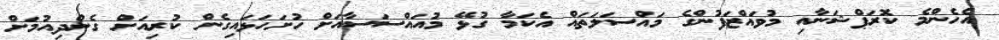
އެހެންމެ ކޮރަޕްޝަނާއި މުވައްޒަފުންގެ މައްސަލަތައް އެކަމާ ގުޅޭ މުއައްސަސާއަށް ހުށަހަޅައިގެން ކުރިއަށް ގެންދިއުމަށް